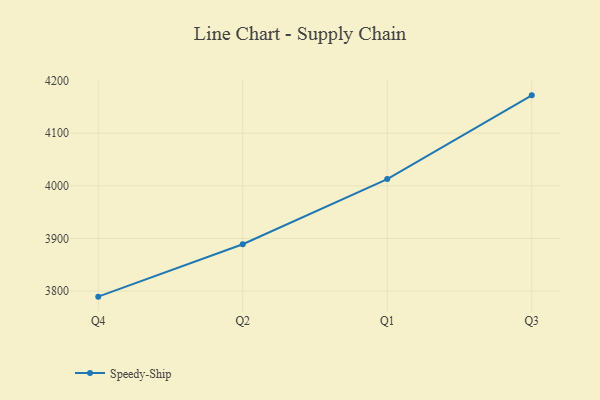
{"axis": {"x": "Quarter", "y": "Churn Rate (%)"}, "legend": ["Speedy-Ship"], "data": [{"x": "Q4", "y": 3789.4, "type": "Speedy-Ship"}, {"x": "Q2", "y": 3889.0, "type": "Speedy-Ship"}, {"x": "Q1", "y": 4012.8, "type": "Speedy-Ship"}, {"x": "Q3", "y": 4171.9, "type": "Speedy-Ship"}]}